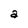
Character: a